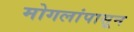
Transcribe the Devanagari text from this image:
मोगलांपासून